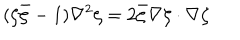
( \zeta { \bar { \zeta } } - 1 ) \nabla ^ { 2 } \zeta = 2 { \bar { \zeta } } \nabla \zeta \cdot \nabla \zeta